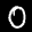
Label: 0